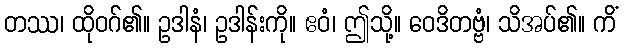
တဿ၊ ထိုဝဂ်၏။ ဥဒါနံ၊ ဥဒါန်းကို။ ဧဝံ၊ ဤသို့။ ဝေဒိတဗ္ဗံ၊ သိအပ်၏။ ကိံ